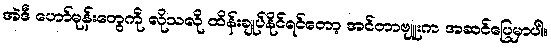
အဲဒီ ဟော်မုန်းတွေကို လိုသလို ထိန်းချုပ်နိုင်ရင်တော့ အင်တာဗျူးက အဆင်ပြေမှာပါ။